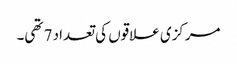
مرکزی علاقوں کی تعداد 7 تھی۔